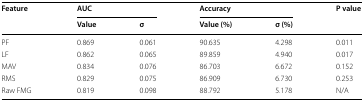
<table><thead><tr><td rowspan="2"><b>Feature</b></td><td colspan="2"><b>AUC</b></td><td colspan="2"><b>Accuracy</b></td><td rowspan="2"><b>P value</b></td></tr><tr><td><b>Value</b></td><td><b>σ</b></td><td><b>Value (%)</b></td><td><b>σ (%)</b></td></tr></thead><tbody><tr><td>PF</td><td>0.869</td><td>0.061</td><td>90.635</td><td>4.298</td><td>0.011</td></tr><tr><td>LF</td><td>0.862</td><td>0.065</td><td>89.859</td><td>4.940</td><td>0.017</td></tr><tr><td>MAV</td><td>0.834</td><td>0.076</td><td>86.703</td><td>6.672</td><td>0.152</td></tr><tr><td>RMS</td><td>0.829</td><td>0.075</td><td>86.909</td><td>6.730</td><td>0.253</td></tr><tr><td>Raw FMG</td><td>0.819</td><td>0.098</td><td>88.792</td><td>5.178</td><td>N/A</td></tr></tbody></table>